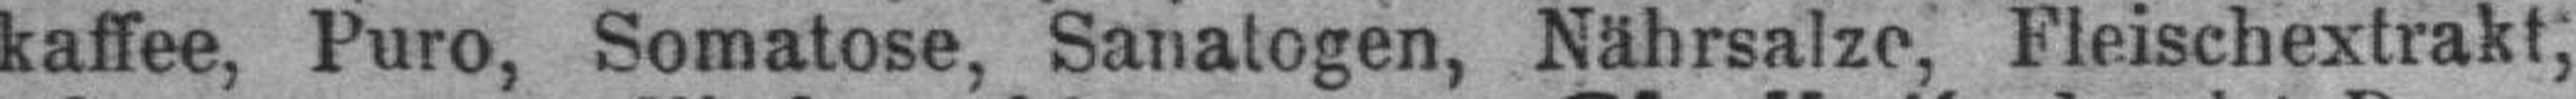
kaffee, Puro, Somatose, Sanatogen, Nährsalze, Fleischextrakt;